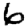
Digit: 6